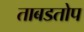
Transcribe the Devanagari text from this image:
ताबडतोप